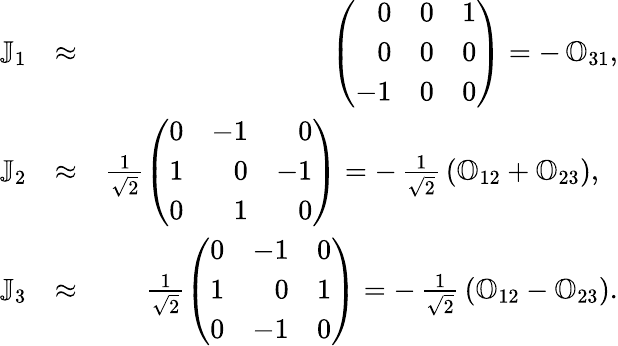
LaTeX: \begin{array}{rlr}{\mathbb J_{1}}&{\approx}&{\left(\begin{array}{rrr}{0}&{0}&{1}\\ {0}&{0}&{0}\\ {-1}&{0}&{0}\end{array}\right)=-\, \mathbb O_{31},}\\ {\mathbb J_{2}}&{\approx}&{\frac{1}{\sqrt{2}}\left(\begin{array}{rrr}{0}&{-1}&{0}\\ {1}&{0}&{-1}\\ {0}&{1}&{0}\end{array}\right)=-\, \frac{1}{\sqrt{2}}\, (\mathbb O_{12}+\mathbb O_{23}),~~}\\ {\mathbb J_{3}}&{\approx}&{\frac{1}{\sqrt{2}}\left(\begin{array}{rrr}{0}&{-1}&{0}\\ {1}&{0}&{1}\\ {0}&{-1}&{0}\end{array}\right)=-\, \frac{1}{\sqrt{2}}\, (\mathbb O_{12}-\mathbb O_{23}).}\end{array}